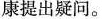
康提出疑问。